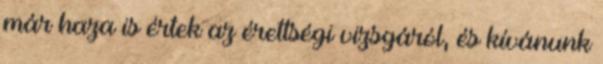
már haza is értek az érettségi vizsgáról, és kívánunk